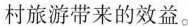
村旅游带来的效益。